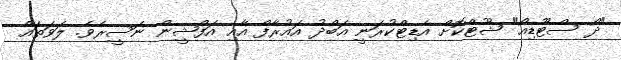
"ދޯ ސްޓޫޑިއޯ" ޝޫޓްކޮށް އެޑިޓްކުރަނީ އަބްދު އައުރާފް އާއި އަފްޝީން ނަސީރެވެ. ލަވަތައް